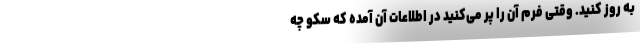
به روز کنید. وقتی فرم آن را پر می‌کنید در اطلاعات آن آمده که سکو چه